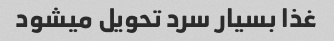
غذا بسیار سرد تحویل میشود